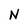
Character: N